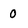
Character: 0